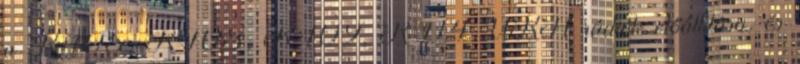
a R-105, R-108, R-109, R-114 URH rádiók előállítása, és